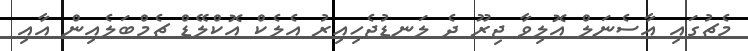
މެޗުގައި އާސެނަލް އޮލިވާ ޖިރޫ ދެ ލަނޑުޖެހިއިރު އެލެކް އޮކްލޭޑް ޗެމްބަލެއިން އާއި